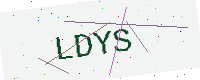
Text: LDYS